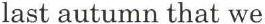
last autumn that we